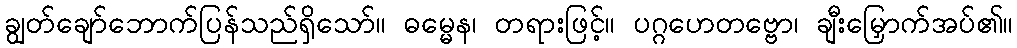
ချွတ်ချော်ဘောက်ပြန်သည်ရှိသော်။ ဓမ္မေန၊ တရားဖြင့်။ ပဂ္ဂဟေတဗ္ဗော၊ ချီးမြှောက်အပ်၏။